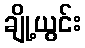
ချို့ယွင်း